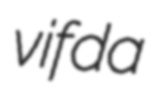
vifda